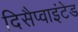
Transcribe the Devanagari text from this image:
दिसैप्वाइंटेड